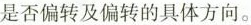
是否偏转及偏转的具体方向。